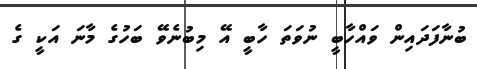
ބުނާފަދައިން ވައްހާބީ ނުވަތަ ހާބީ އޭ މިބުނެވޭ ބަހުގެ މާނަ އަކީ ގެ